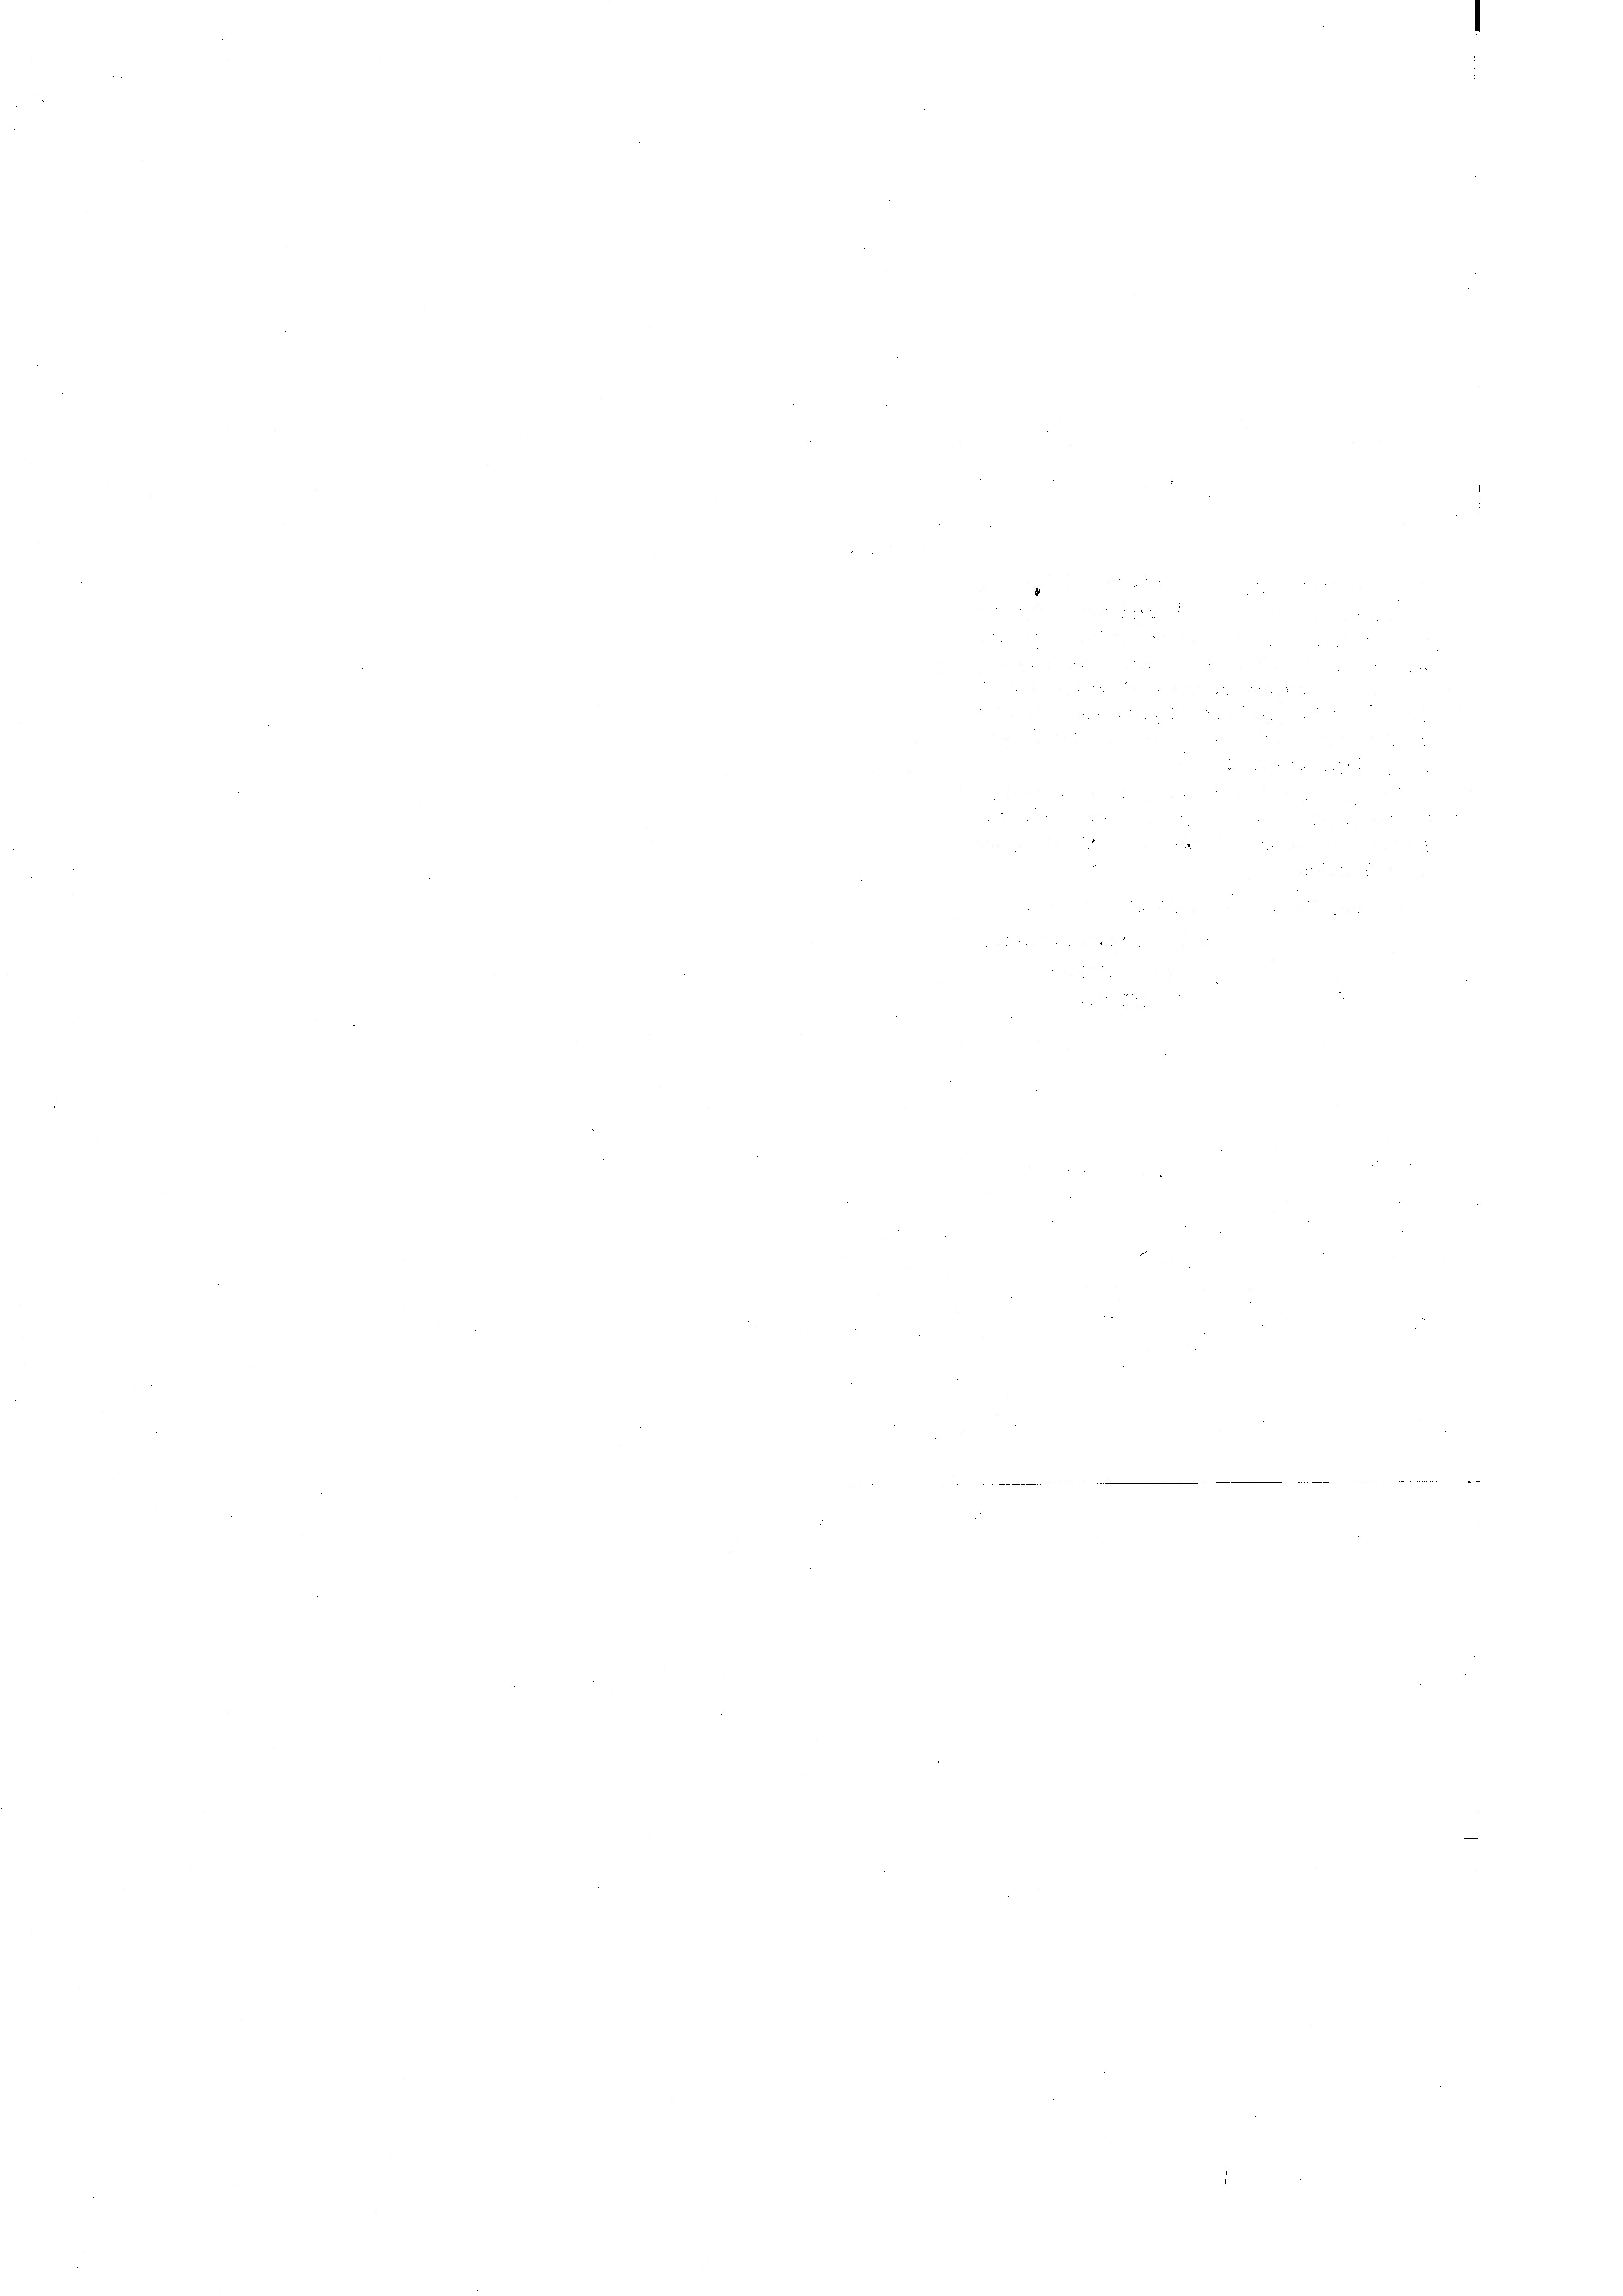
BE 5

n

5
a
15
d

 12 x

e

2

§ 85
 5

 2

i
5

¬

2

 2
e
 20
2
¬
¬
.
e

e

e

2

n

e

e

e